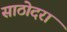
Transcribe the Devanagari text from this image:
साठोदरा